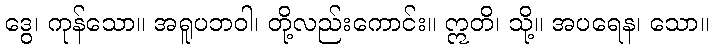
ဒွေ၊ ကုန်သော။ အရူပဘဝါ၊ တို့လည်းကောင်း။ ဣတိ၊ သို့။ အပရေန၊ သော။